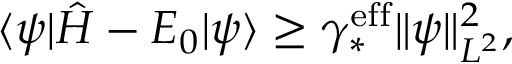
\langle \psi | \hat { H } - E _ { 0 } | \psi \rangle \geq \gamma _ { * } ^ { \mathrm { e f f } } \Vert \psi \Vert _ { L ^ { 2 } } ^ { 2 } ,